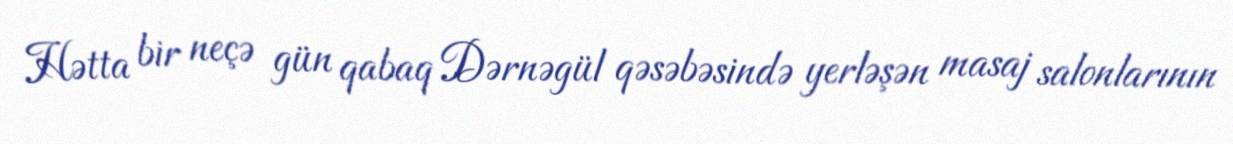
Hətta bir neçə gün qabaq Dərnəgül qəsəbəsində yerləşən masaj salonlarının